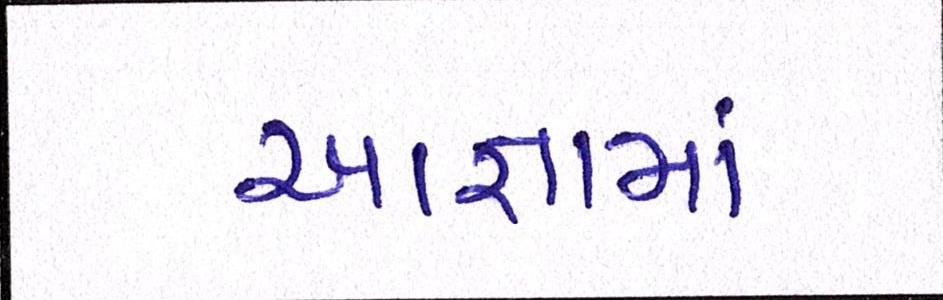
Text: આજ્ઞામાં